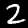
Digit: 2